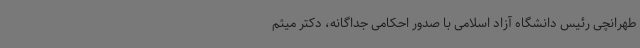
طهرانچی رئیس دانشگاه آزاد اسلامی با صدور احکامی جداگانه، دکتر میثم